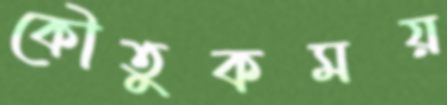
কৌতুকময়